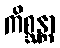
ကိစ္ဆန္တာ